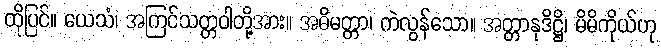
ထိုပြင်။ ယေသံ၊ အကြင်သတ္တဝါတို့အား။ အဓိမတ္တာ၊ ကဲလွန်သော။ အတ္တာနုဒိဋ္ဌိ၊ မိမိကိုယ်ဟု